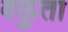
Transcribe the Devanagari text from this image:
वक्तुता